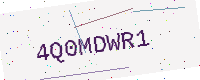
Text: 4Q0MDWR1